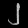
Digit: ၂